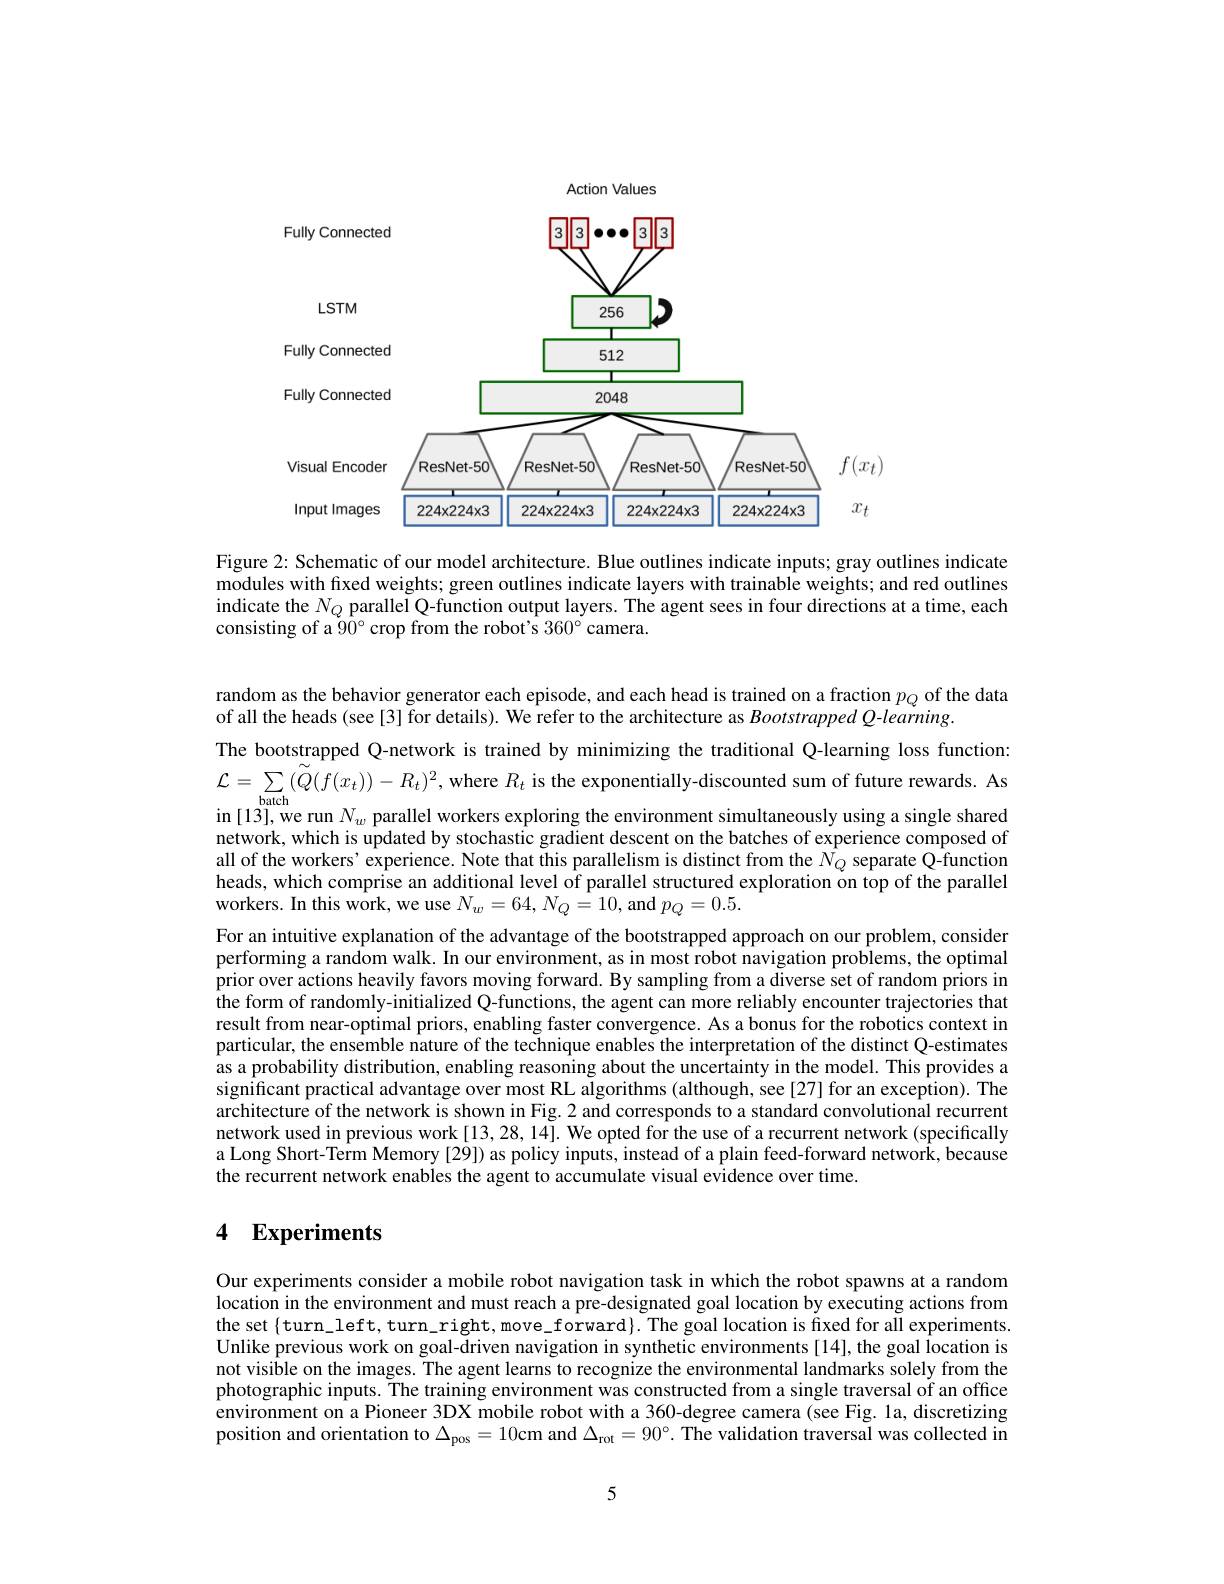
Action Values

<FigureHere>

Figure 2: Schematic of our model architecture. Blue outlines indicate inputs; gray outlines indicate modules with fixed weights; green outlines indicate layers with trainable weights; and red outlines indicate the $N_Q$ parallel Q-function output layers. The agent sees in four directions at a time, each consisting of a $90^{\circ}$ crop from the robot's $360^{\circ}$ camera.

random as the behavior generator each episode, and each head is trained on a fraction $p_Q$ of the data
of all the heads (see[3] for details). We refer to the architecture as BootstrappedQ-learning.
The bootstrapped Q-network is trained by minimizing the traditional Q-learning loss function: $\mathcal{L} = \sum _{\mathrm{batch}}( \tilde{Q} ( f( x_{t}) ) - R_{t}) ^{2}$,where $R_t$ is the exponentially-discounted sum of future rewards. As in [13], we run $N_w$ parallel workers exploring the environment simultaneously using a single shared network, which is updated by stochastic gradient descent on the batches of experience composed of all of the workers' experience. Note that this parallelism is distinct from the $N_Q$ separate Q-function heads, which comprise an additional level of parallel structured exploration on top of the parallel workers. In this work, we use $N_{w}=64,N_{Q}\hat{=10}$, and $p_Q=0.5.$
For an intuitive explanation of the advantage of the bootstrapped approach on our problem, consider performing a random walk. In our environment, as in most robot navigation problems, the optimal prior over actions heavily favors moving forward. By sampling from a diverse set of random priors in the form of randomly-initialized Q-functions, the agent can more reliably encounter trajectories that result from near-optimal priors, enabling faster convergence. As a bonus for the robotics context in particular, the ensemble nature of the technique enables the interpretation of the distinct Q-estimates as a probability distribution, enabling reasoning about the uncertainty in the model. This provides a significant practical advantage over most RL algorithms (although, see[27] for an exception). The architecture of the network is shown in Fig. 2 and corresponds to a standard convolutional recurrent network used in previous work [13,28, 14]. We opted for the use of a recurrent network (specifically a Long Short-Term Memory [29]) as policy inputs, instead of a plain feed-forward network, because the recurrent network enables the agent to accumulate visual evidence over time.

## 4 $\mathbf{Experiments}$

Our experiments consider a mobile robot navigation task in which the robot spawns at a random location in the environment and must reach a pre-designated goal location by executing actions from the set {turn\_left, turn\_right, move\_forward}. The goal location is fixed for all experiments Unlike previous work on goal-driven navigation in synthetic environments[14], the goal location is not visible on the images. The agent learns to recognize the environmental landmarks solely from the photographic inputs. The training environment was constructed from a single traversal of an office environment on a Pioneer 3DX mobile robot with a 360-degree camera (see Fig. 1a, discretizing position and orientation to $\Delta_\mathrm{pos}=10$cm and $\Delta_\mathrm{rot}=90^\circ.$ The validation traversal was collected in

5